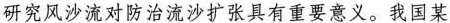
研究风沙流对防治流沙扩张具有重要意义。我国某